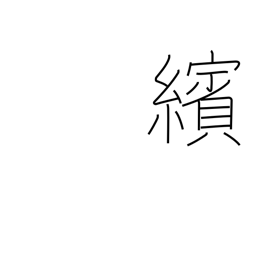
Meaning: scattering